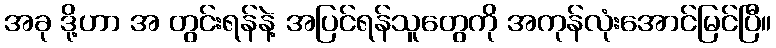
အခု ဒို့ဟာ အ တွင်းရန်နဲ့ အပြင်ရန်သူတွေကို အကုန်လုံးအောင်မြင်ပြီ။